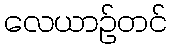
လေယာဉ်တင်